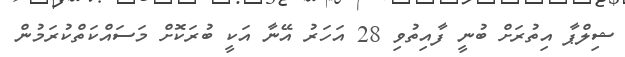
ޝިލްޕާ އިތުރަަށް ބުނީ ފާއިތުވި 28 އަހަރު އޭނާ އަކީ ބުރަކޮށް މަސައްކަތްކުރަމުން